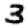
Digit: 3